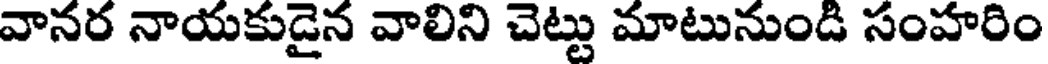
వానర నాయకుడైన వాలిని చెట్టు మాటునుండి సంహరిం